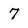
Character: 7